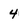
Character: 4